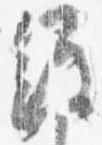
経